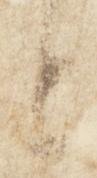
と